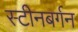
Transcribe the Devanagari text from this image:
स्टीनबर्गन